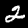
Digit: 2